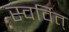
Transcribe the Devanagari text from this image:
स्वर्वित्